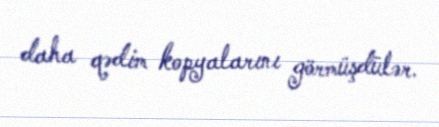
daha qədim kopyalarını görmüşdülər.